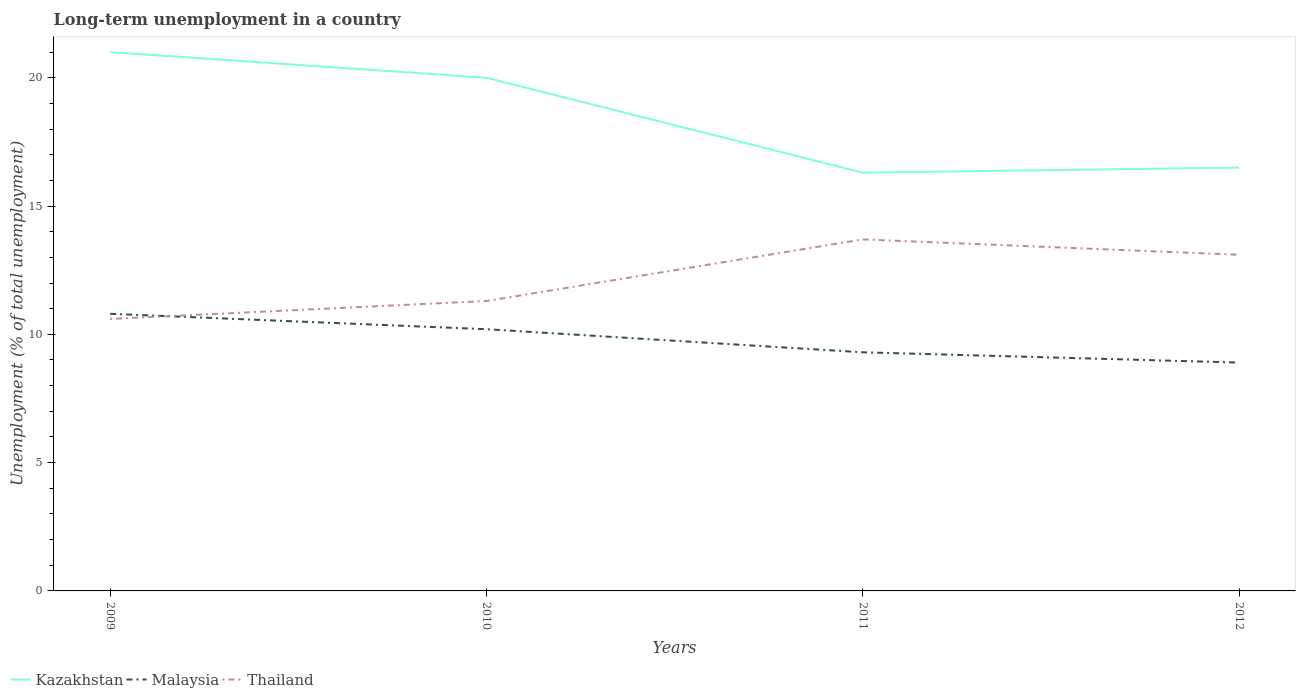
| Years | Kazakhstan | Malaysia | Thailand |
 | --- | --- | --- | --- |
 | 2009 | 21 | 10.8 | 10.6 |
 | 2010 | 20 | 10.2 | 11.3 |
 | 2011 | 16.3 | 9.3 | 13.7 |
 | 2012 | 16.5 | 8.9 | 13.1 |